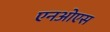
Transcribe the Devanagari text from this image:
एनओएस